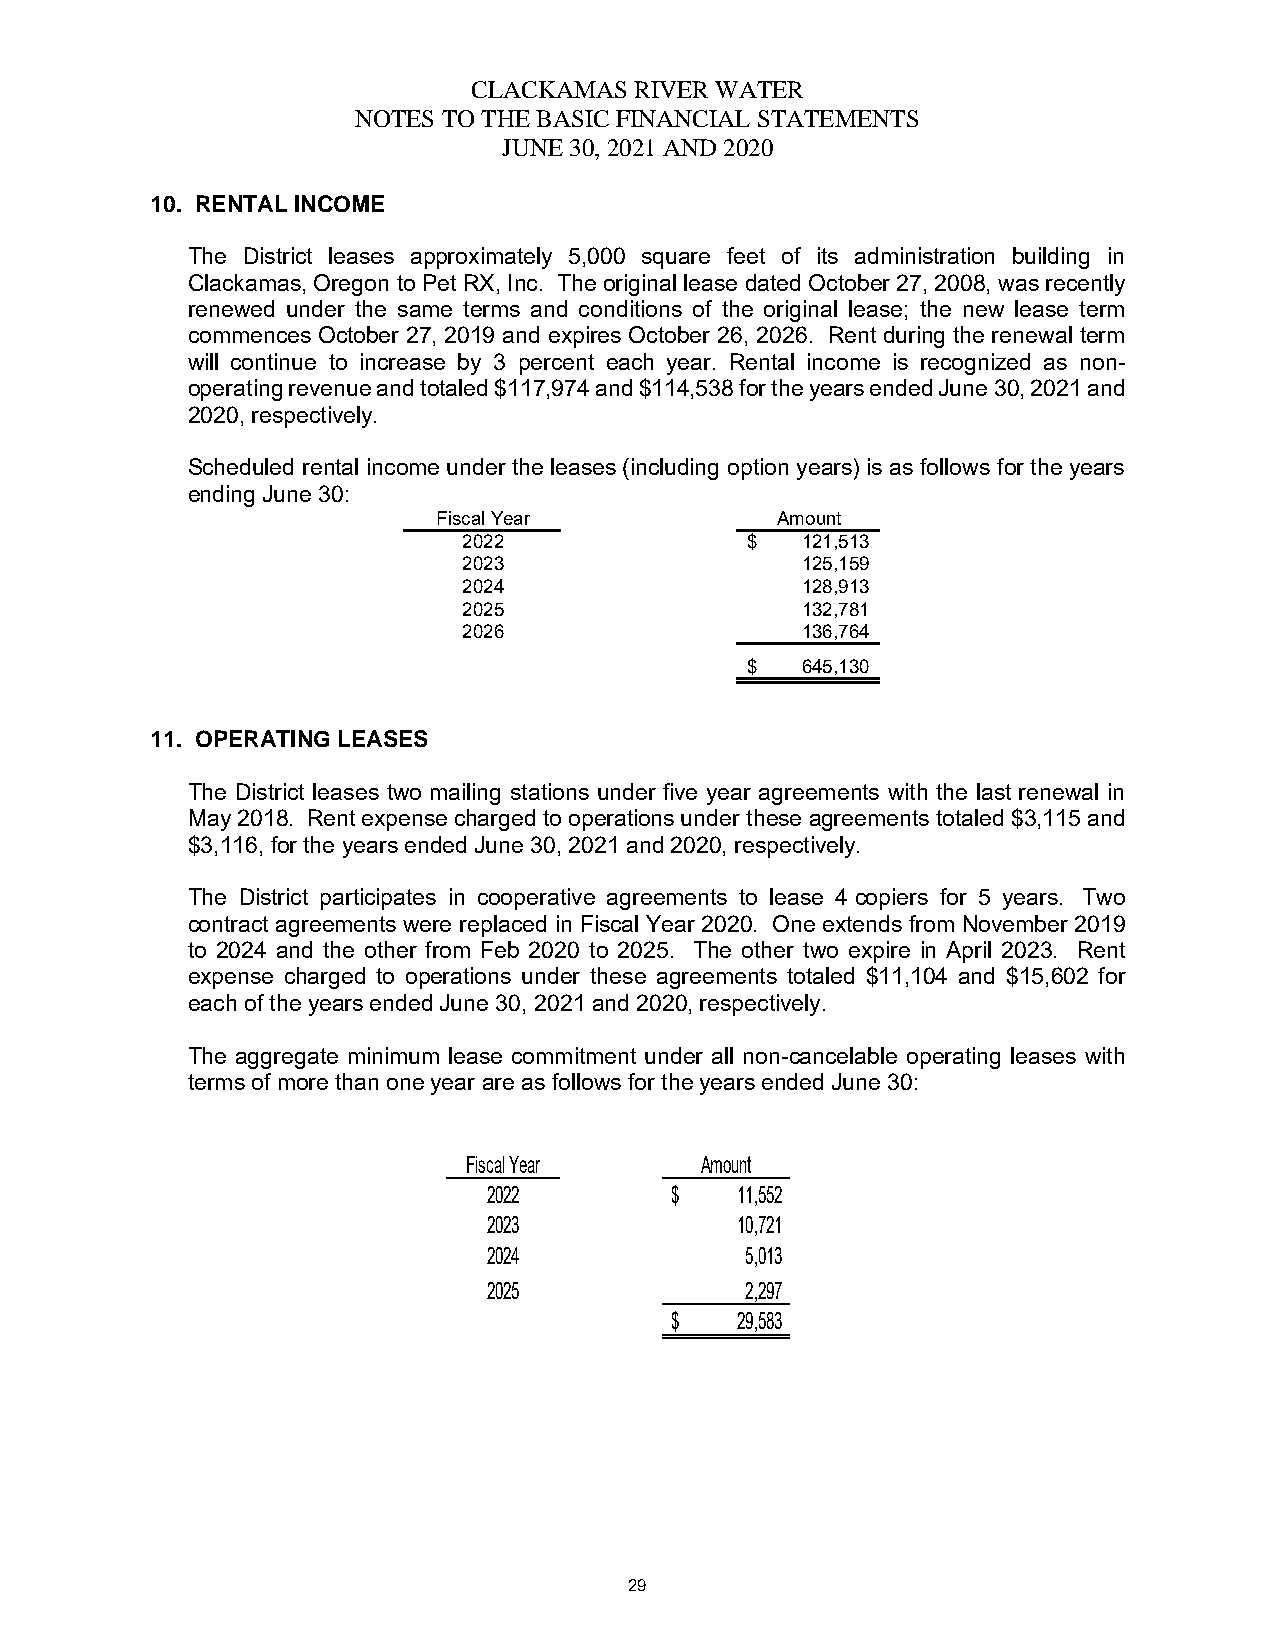
CLACKAMAS  RIVER WATER
 NOTES TO THE BASIC FINANCIAL STATEMENTS
 JUNE 30, 2021 AND 2020
 10. RENTAL INCOME
 The District leases approximately 5,000 square feet of its administration building in
 Clackamas, Oregon to Pet RX, Inc. The original lease dated October 27, 2008, was recently
 renewed under the same terms and conditions of the original lease; the new lease term
 commences October 27, 2019 and expires October 26, 2026. Rent during the renewal term
 will continue to increase by 3 percent each year. Rental income is recognized as non-
 operating revenue and totaled $117,974 and $114,538 for the years ended June 30, 2021 and
 2020, respectively.
 Scheduled rental income under the leases (including option years) is as follows for the years
 ending June 30:
 Fiscal Year           Amount
 2022              $   121,513
 2023                  125,159
 2024                  128,913
 2025                  132,781
 2026                  136,764
 $   645,130
 11. OPERATING LEASES
 The District leases two mailing stations under five year agreements with the last renewal in
 May 2018. Rent expense charged to operations under these agreements totaled $3,115 and
 $3,116, for the years ended June 30, 2021 and 2020, respectively.
 The District participates in cooperative agreements to lease 4 copiers for 5 years. Two
 contract agreements were replaced in Fiscal Year 2020. One extends from November 2019
 to 2024 and the other from Feb 2020 to 2025. The other two expire in April 2023. Rent
 expense charged to operations under these agreements totaled $11,104 and $15,602 for
 each of the years ended June 30, 2021 and 2020, respectively.
 The aggregate minimum lease commitment under all non-cancelable operating leases with
 terms of more than one year are as follows for the years ended June 30:
 Fiscal Year    Amount
 2022        $    11,552
 2023             10,721
 2024             5,013
 2025             2,297
 $    29,583
 29